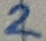
Text: 2